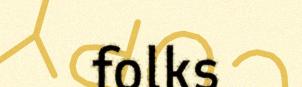
folks